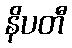
နိပတီ